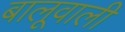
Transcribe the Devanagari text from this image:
बालूवाली